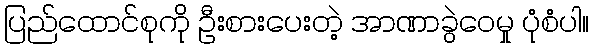
ပြည်ထောင်စုကို ဦးစားပေးတဲ့ အာဏာခွဲဝေမှု ပုံစံပါ။